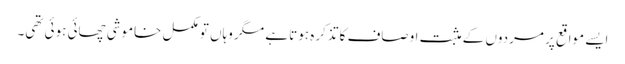
ایسے مواقع پر مردوں کے مثبت اوصاف کا تذکرہ ہوتا ہے مگر وہاں تو مکمل خاموشی چھائی ہوئی تھی۔